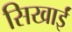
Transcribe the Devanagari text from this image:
सिखाईं